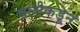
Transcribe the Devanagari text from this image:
बलीकडून